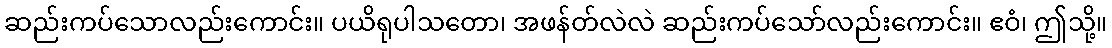
ဆည်းကပ်သောလည်းကောင်း။ ပယိရုပါသတော၊ အဖန်တ်လဲလဲ ဆည်းကပ်သော်လည်းကောင်း။ ဧဝံ၊ ဤသို့။